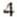
4